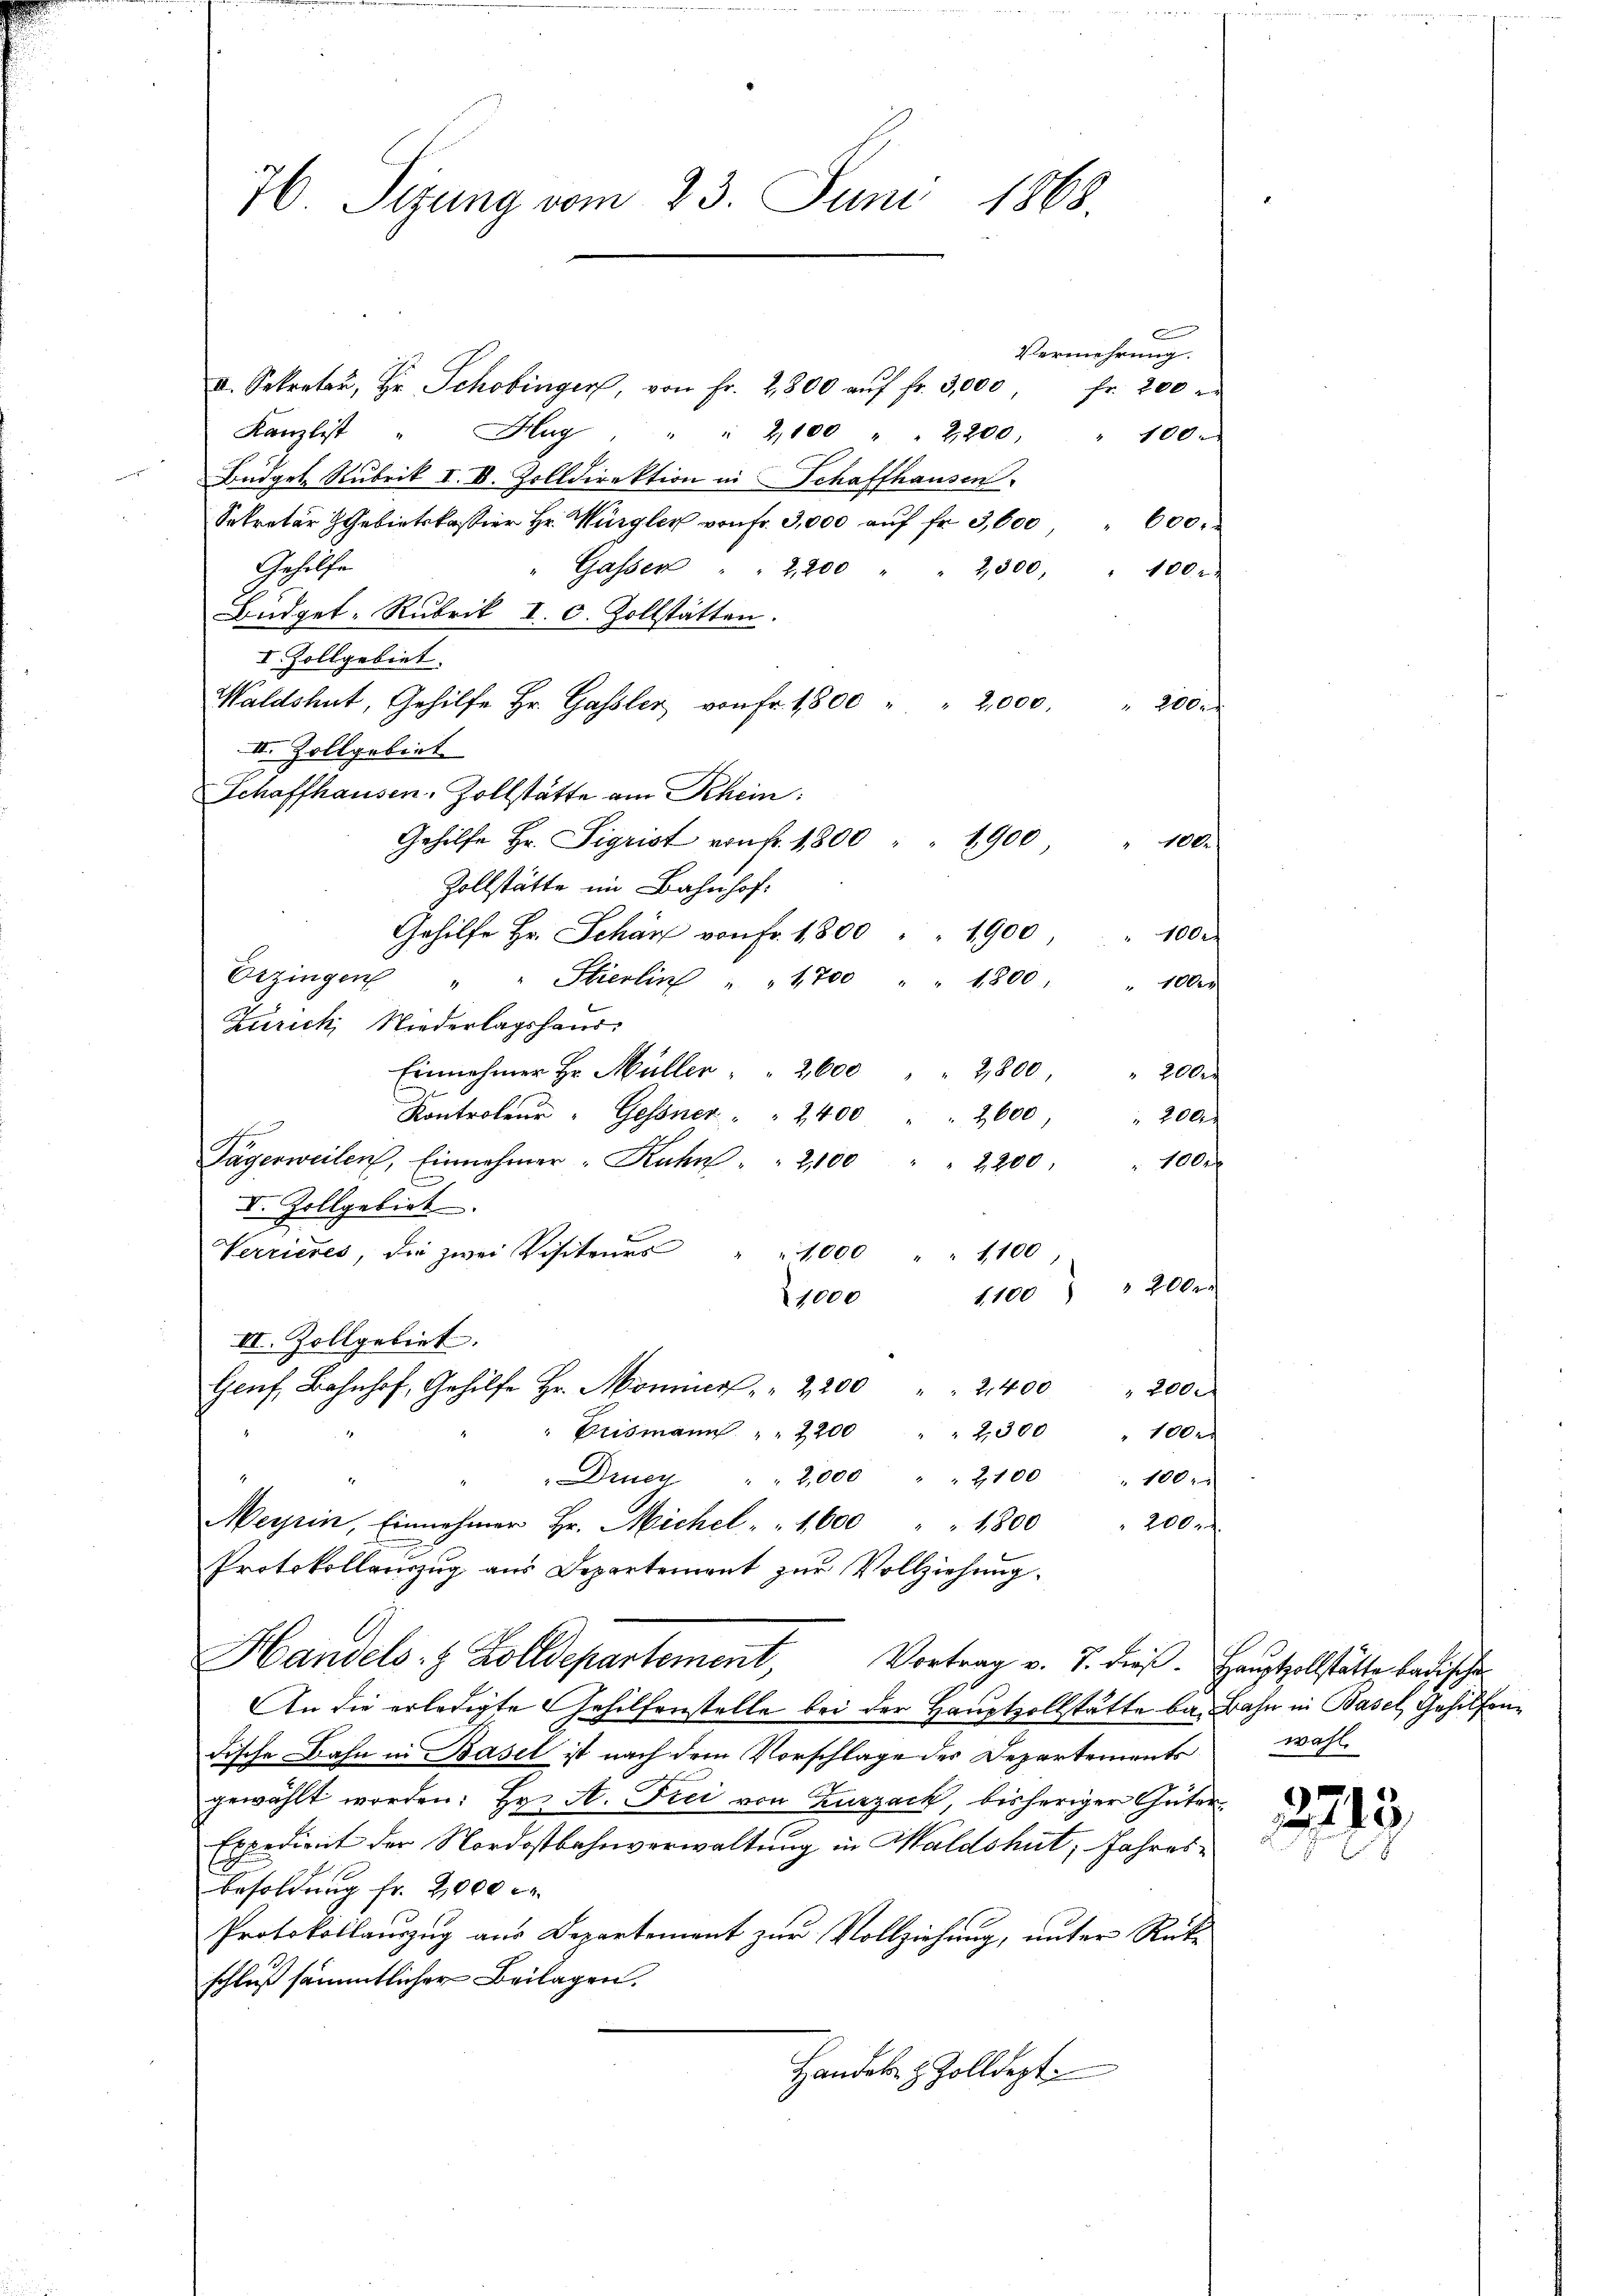
76 Sizung vom 23. Juni 1868.

Vermehrung.
I. Sekreter, Hr. Schobinger, von Fr. 2800 aŭf fr. 3,000 fr. 200
Kanzlist " Hug " " 2,100 " " 2200 " 100.
Büdget Rubrik I. V. Zolldirektion in Schaffhausen
Sekretär H. Gebietskassier Hr. Würgler von fr. 3,000 aŭf fr. 3,600 " 600.
Gesetze
" Gassen " " 2,200 " " 2300 " 100 r
Büdget: Rubrik I. c. Zollstätten.
I Zollgebiet.
Waldshut, Gehilfe Hr. Gassler von fr. 1800 " " 2,000. " 200.
III. Zollgebiet
Schaffhausen-Zollstätte am Rhein:
Gehilfe Hr. Sigrist von fr. 1800 " " 1900
Zollstätte im Bahnhof.
Gehilfe Hr. Scharf von Fr. 1800 " " 1900
Erzingen " " Stierlin " " 1700 " " 1800 : 1000
Zürich Niederlagshaus
Einnahmer Hr. Müller " " 2600 " " 2800 " 200.
Kontroleur - Gessner " " 2400
2600,
200
s
Tägerweilen, Einnehmer Rahn " " 2100
" 100 r
2,200,
C
V. Zollgebiet
Verrieres, die zwei Visiteurs
1,000 " " 1100
1100 " 200 r.
1000
II. Zollgebiet
Genf, Bahnhof, Gehilfe Hr. Marier" " 2200 " " 2400 " 200.
Brismann. " " 2200 " " 2300 " 1000
Druen " " 2,000 " " 2100 " 100.
Meyrin, Einnehmer Hr. Michel " " 1,600 " 1800 " 200 r
Protokollenzug aus Departement zur Vollziehung.
Handels- & Zolldepartement, Vortrag v. 7. dieß. Hauptzollstätte badischen
An die erledigte Gehilfenstelle bei der Hauptvollstätte ba, Bahn in Basel, Gehilfendische Bahn in Basel ist nach dem Vorschlage des Departements wahl
gewählt worden: Hr. A. Frei von Zurzack, bisheriger Güter
Expedient der Nordostbahnverwaltung in Waldshut, Jahres-
besoldung fr. 2000 M.
Protokollauszug aus Departement zur Vollziehung, unter Rückschluß sämmtlicher Beilagen.
Handel- & Zolldepti

E

" 100.
1002

2213.